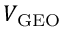
V _ { \mathrm { G E O } }